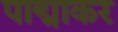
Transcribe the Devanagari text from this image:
पाद्माकर